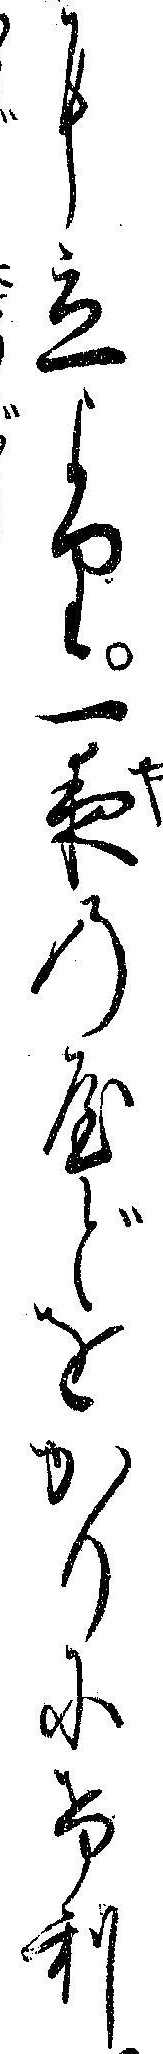
に立より一夜のやどをかりにけり